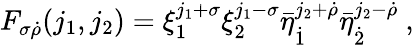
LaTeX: F_{\sigma\dot{\rho}}(j_{1},j_{2})=\xi_{1}^{j_{1}+\sigma}\xi_{2}^{j_{1}-\sigma}\bar{\eta}_{\dot{1}}^{j_{2}+\dot{\rho}}\bar{\eta}_{\dot{2}}^{j_{2}-\dot{\rho}}\ ,